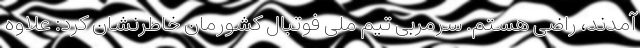
آمدند، راضی هستم. سرمربی تیم ملی فوتبال کشورمان خاطرنشان کرد: علاوه